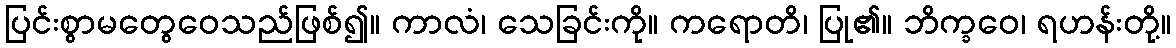
ပြင်းစွာမတွေဝေသည်ဖြစ်၍။ ကာလံ၊ သေခြင်းကို။ ကရောတိ၊ ပြု၏။ ဘိက္ခဝေ၊ ရဟန်းတို့။